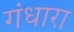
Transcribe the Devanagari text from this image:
गंधारा